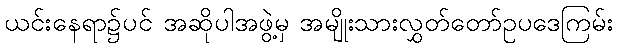
ယင်းနေရာ၌ပင် အဆိုပါအဖွဲ့မှ အမျိုးသားလွှတ်တော်ဥပဒေကြမ်း